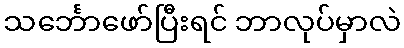
သင်္ဘောဖော်ပြီးရင် ဘာလုပ်မှာလဲ